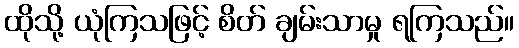
ထိုသို့ ယုံကြသဖြင့် စိတ် ချမ်းသာမှု ရကြသည်။